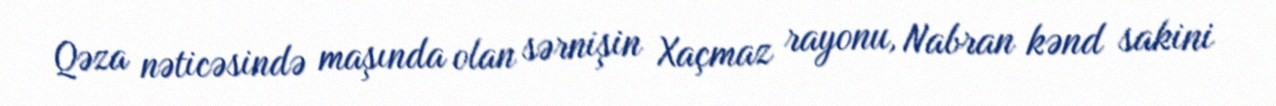
Qəza nəticəsində maşında olan sərnişin Xaçmaz rayonu, Nabran kənd sakini